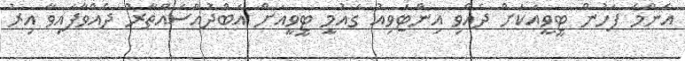
އެންމެ ފަހުން ޓީވީއަކަށް ދެއްވި އިންޓަވިއު ގައުމީ ޓީވީއަށް އަބްދުއްސައްތާރު ދެއްވާފައިވާ އިރު